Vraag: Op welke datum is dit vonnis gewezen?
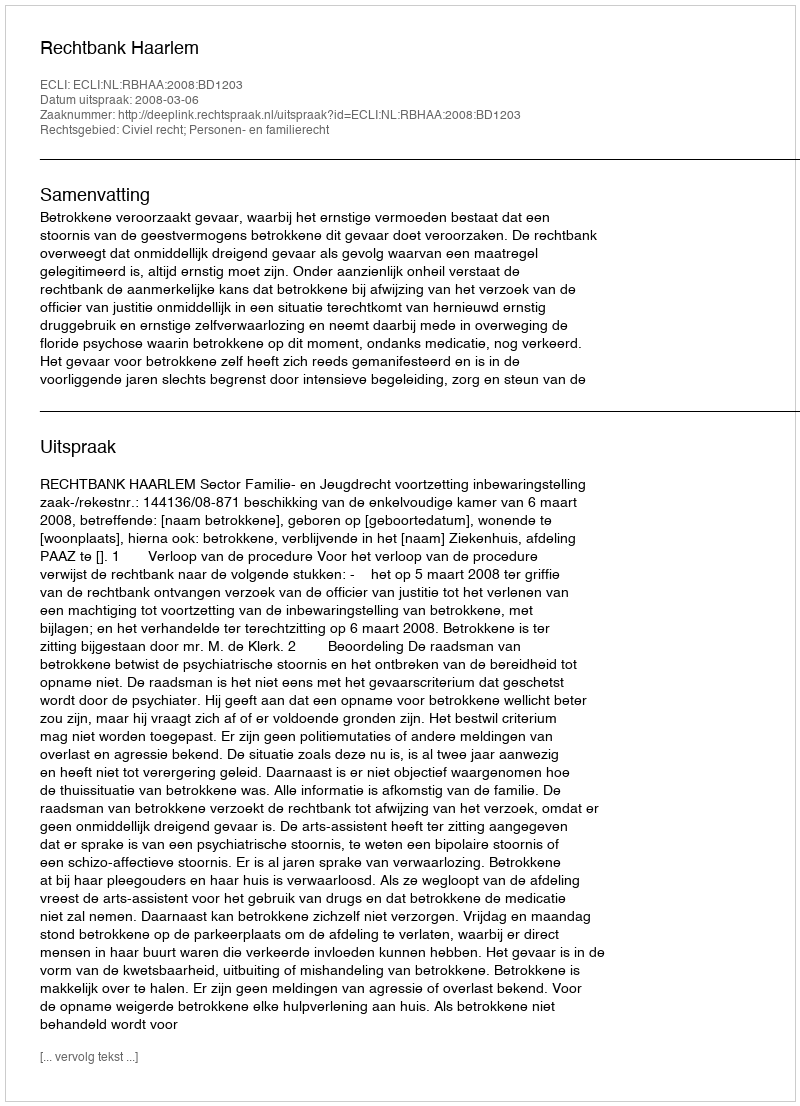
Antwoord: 2008-03-06